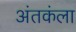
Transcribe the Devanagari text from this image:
अंतकंला